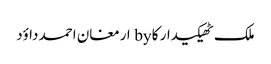
ملک ٹھیکیدار کا by ارمغان احمد داؤد